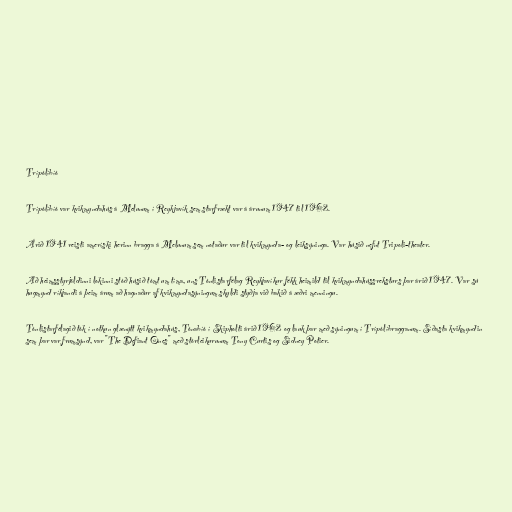
Trípólíbíó

Trípólíbíó var kvikmyndahús á Melunum í Reykjavík sem starfrækt var á árunum 1947 til 1962.

Árið 1941 reisti ameríski herinn bragga á Melunum sem notaður var til kvikmynda- og leiksýninga. Var húsið nefnt Tripoli-theater.

Að heimsstyrjöldinni lokinni stóð húsið tómt um tíma, uns Tónlistarfélag Reykjavíkur fékk heimild til kvikmyndahússreksturs þar árið 1947. Var sú
hugmynd ríkjandi á þeim árum að hagnaður af kvikmyndasýningum skyldi styðja við bakið á æðri menningu.

Tónlistarfélagið tók í notkun glænýtt kvikmyndahús, Tónabíó í Skipholti árið 1962 og lauk þar með sýningum í Trípólíbragganum. Síðasta kvikmyndin
sem þar var frumsýnd, var "The Defiant Ones" með stórleikurunum Tony Curtis og Sidney Potier.